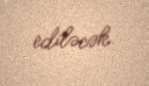
ediləcək.